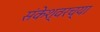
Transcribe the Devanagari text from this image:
संकेश्वरच्या